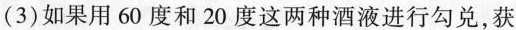
(3)如果用60度和20度这两种酒液进行勾兑，获